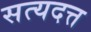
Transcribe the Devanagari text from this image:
सत्यदत्त